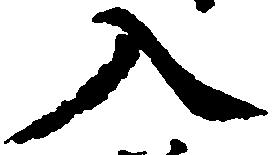
入